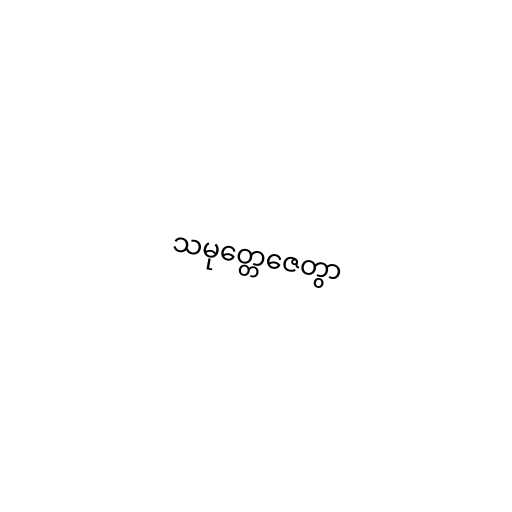
သမုတ္တေဇေတွာ